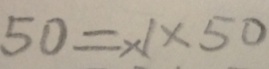
5 0 = \times 1 \times 5 0